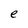
Character: e